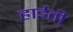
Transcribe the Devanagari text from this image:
हाईती